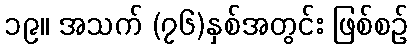
၁၉။ အသက် (၇၆)နှစ်အတွင်း ဖြစ်စဉ်